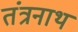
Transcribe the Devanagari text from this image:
तंंत्रनाथ